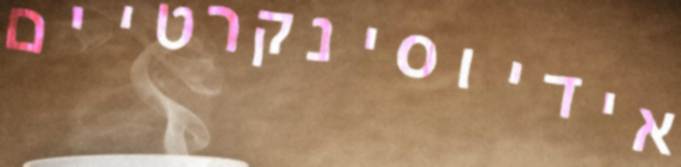
אידיוסינקרטיים